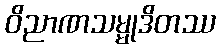
ဝိညာဏသမ္မုဒိတဿ